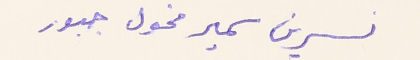
نسرين سمير مخول جبور